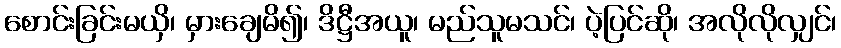
စောင်းခြင်းမယှိ၊ မှားချေမိ၍၊ ဒိဋ္ဌီအယူ၊ မည်သူမသင်၊ ပဲ့ပြင်ဆို၊ အလိုလိုလျှင်၊